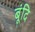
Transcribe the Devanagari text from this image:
बूंदि